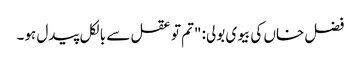
فضل خاں کی بیوی بولی: "تم تو عقل سے بالکل پیدل ہو۔